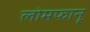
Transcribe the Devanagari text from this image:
लोमफानू